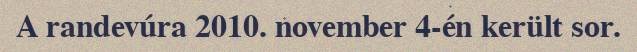
A randevúra 2010. november 4-én került sor.